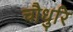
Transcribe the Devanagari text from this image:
चौधुरि